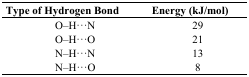
<table><thead><tr><td><b>Type of Hydrogen Bond</b></td><td><b>Energy (kJ/mol)</b></td></tr></thead><tbody><tr><td>O–H···N</td><td>29</td></tr><tr><td>O–H···O</td><td>21</td></tr><tr><td>N–H···N</td><td>13</td></tr><tr><td>N–H···O</td><td>8</td></tr></tbody></table>